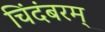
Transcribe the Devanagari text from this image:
चिंदंबरम्